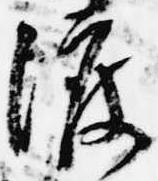
渡